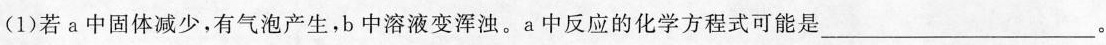
(1)若a中固体减少，有气泡产生，b中溶液变浑浊。a中反应的化学方程式可能是___。